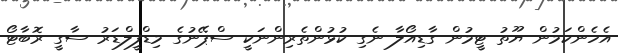
އެހެންކަމުން ޔޫތު ޓީމުން ގާޑިއޯލާ ނެގި ކުޅުންތެރިންނަކީ ސްޕޭނުގެ މިޑްފީލްޑަރު ސާގީ ރޮބާޓޯ